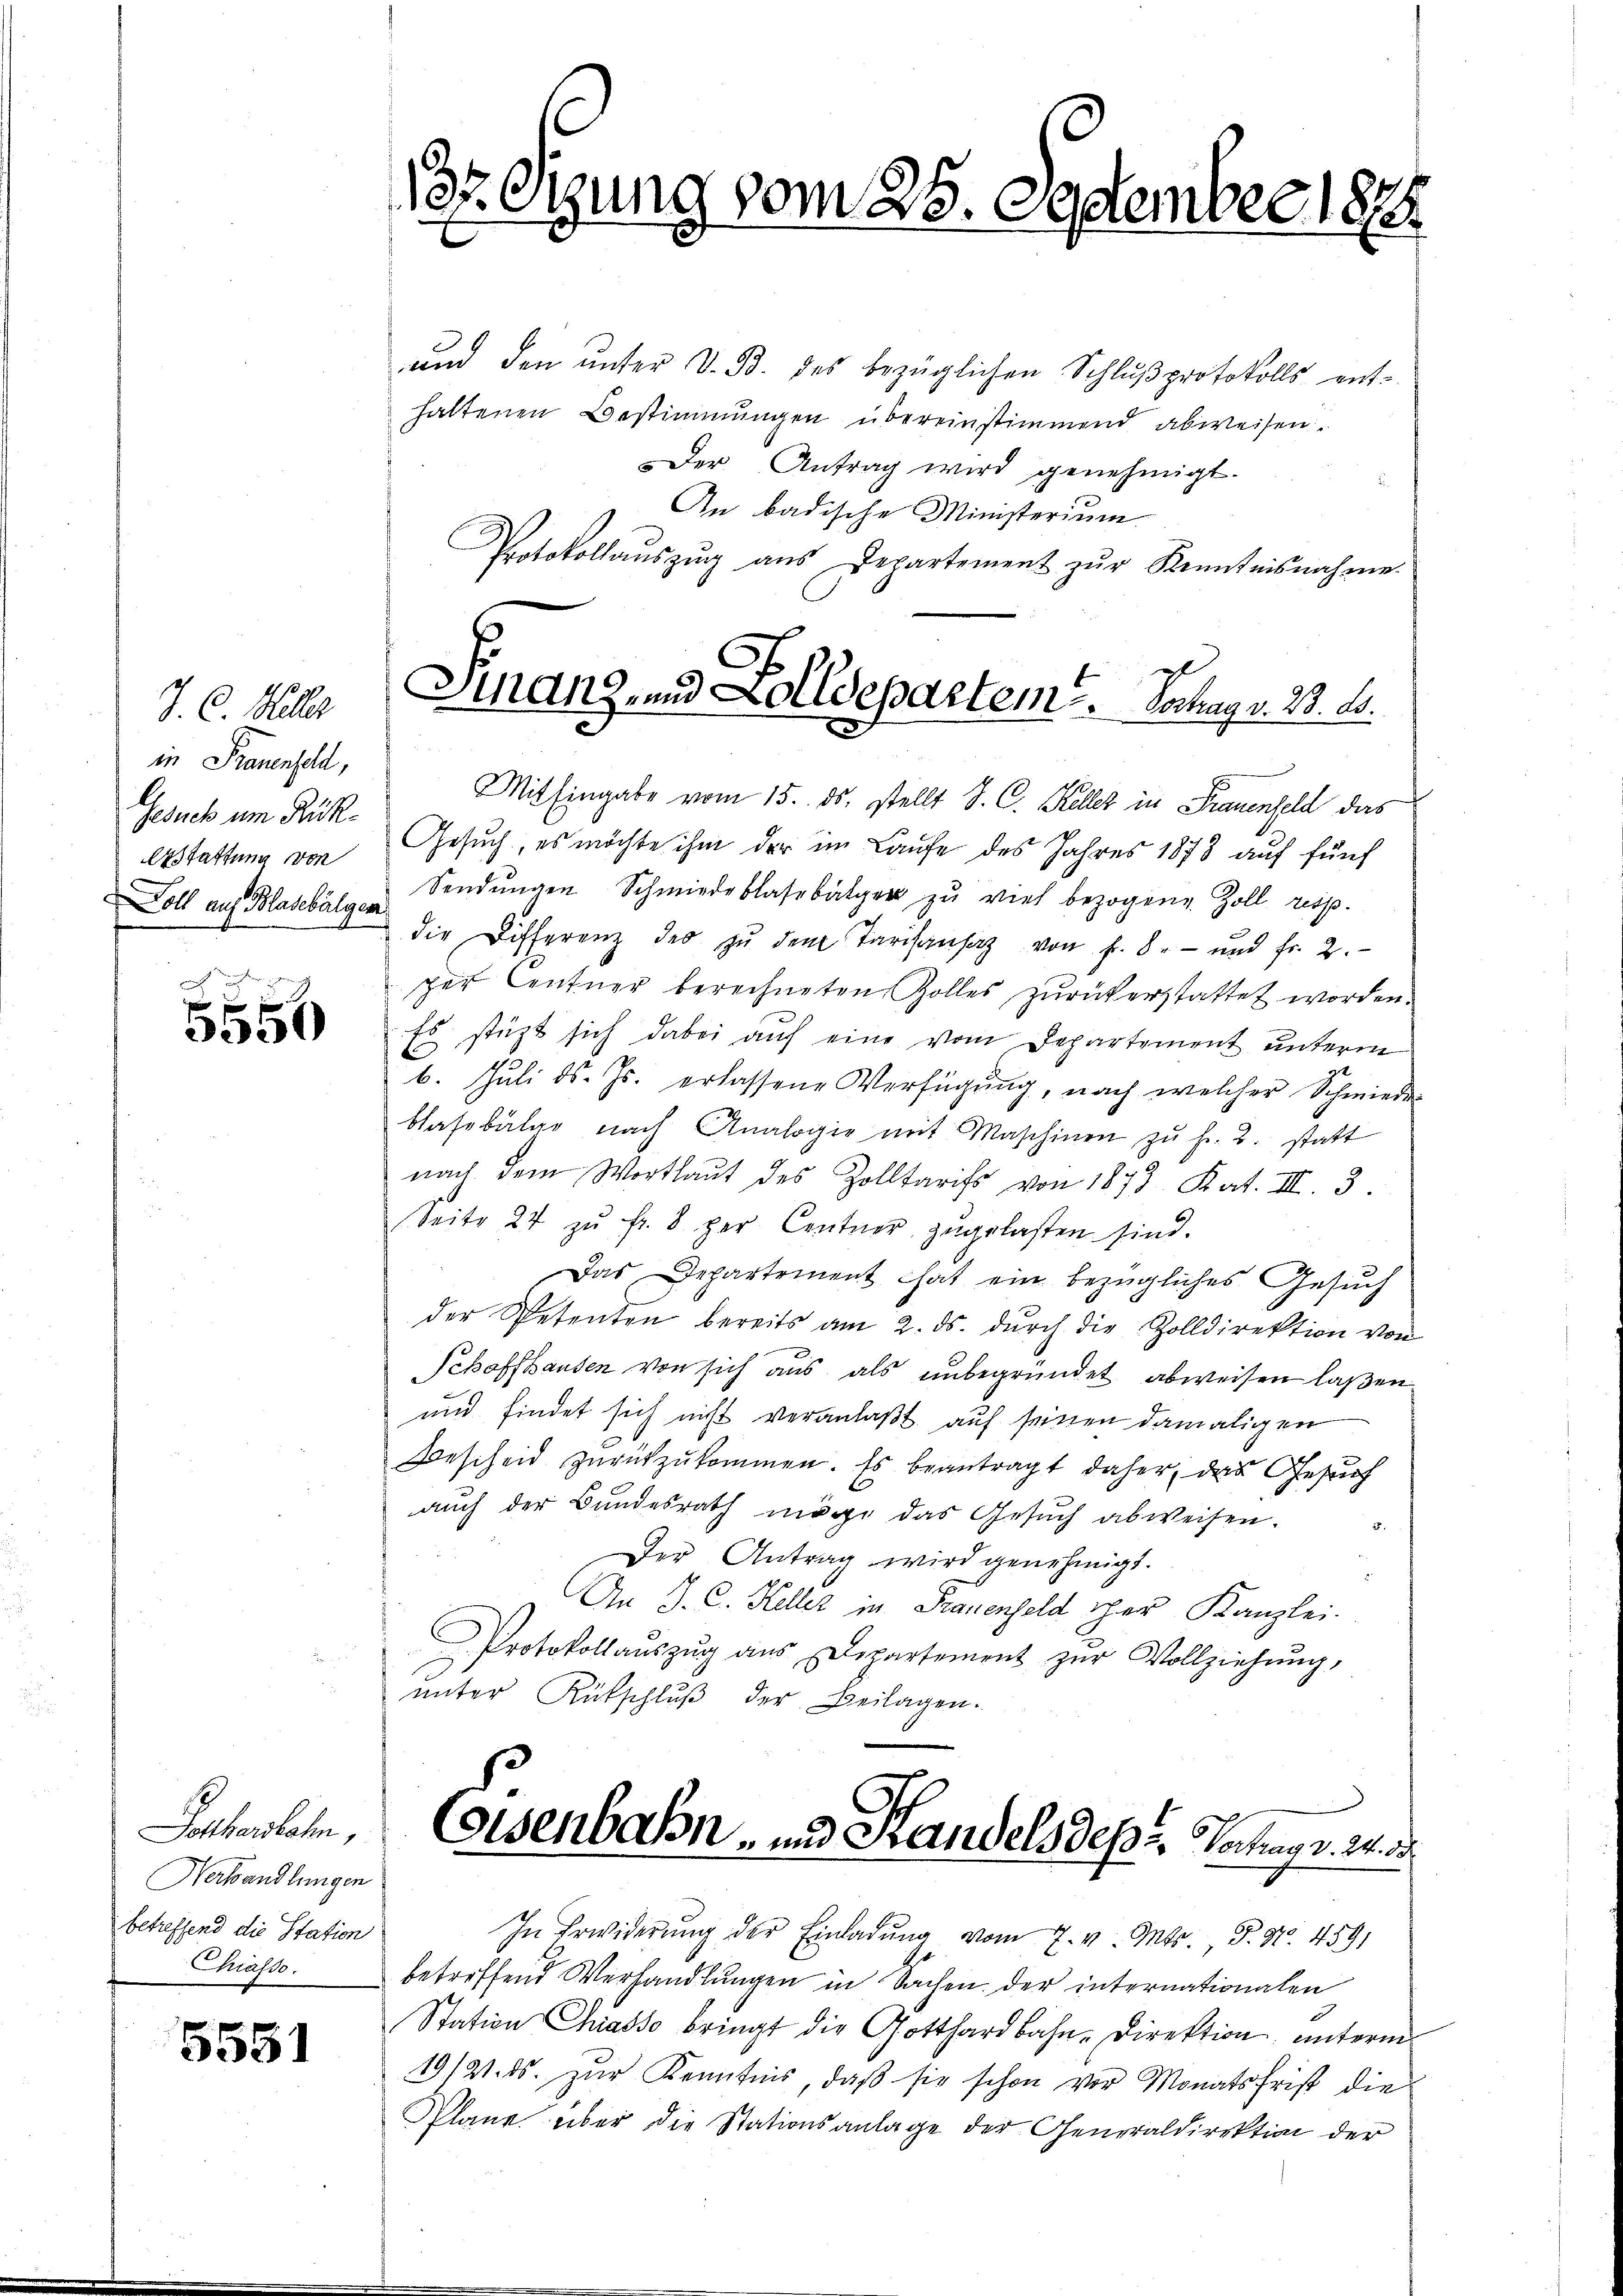
J. C. Heller
in Frauenfeld,
Gesuch um Rück¬
Erstattung von
Doll auf Blasebälgen

5556

Potthardbahn,
Verhandlungen
betreffend die Station
Chiasso.

5551

1820

und den unter V. B. des bezüglichen Schlußprotokolls enthaltenen Bestimmungen übereinstimmend abweisen.
Der Antrag wird genehmigt.
An badische Ministerium
Protokollaŭszŭg aŭs Departement zŭr Kenntnisnahme.
Mit Eingabe vom 15. ds. stellt J. C. Keller in Frauenfeld das
Gesuch, es möchte ihm der im Laufe des Jahres 1878 auf fünf
Sendŭngen Schmiederlassbalger zu viel bezogene Zoll resp.
die Differenz des zŭ dem Tarisansaz von fr. 8. und fr. 2.
zer Centner berechneten Zolles zurückerstattet worden.
Es stützt sich dabei auf eine vom Departement unterm
6. Juli d. Js. erlassene Verfügung, nach welcher Schmieder
blasebalge nach Analogie mit Maschinen zŭ fr. 2. statt
nach dem Wortlaut des Zolltarifs von 1873 Kat. III. 3.
Seite 24 zŭ fr. 8 per Centner, zugelasten sind.
Das Departement hat ein bezügliches Gesuch
der Spetenten bereits am 2. ds. dŭrch die Zolldirektion von
Schaffhausen von sich aus als unbegründet abweisen laßen
und findet sich nicht veranlaßt, auf seinen damaligen
Bescheid zŭrückzŭkommen. Es beantragt daher, das Gesuch
auch der Bundesrath möge das Gesŭch abweisen.
Der Antrag wird genehmigt.
i
An J. C. Keller in Frauenfeld her Kanzlei-
Protokollaŭszŭg aŭs Departement zŭr Vollziehŭng,
ŭnter Rükschlŭβ der Beilagen.
Eisenbahn, und Randelsdept. Wochen d. 24. 13.
In Erwiderŭng der Einladŭng vom 7. v. Mts. S. Nr. 4591
betreffend Verhandlungen in Sachen. Der internationalen
Station Chiasso bringt die Gotthardbahn-Direktion unterm
19/21. ds. zur Kenntnis, daß sie schon vor Monatsfrist die
Plane über die Stationsanlage der Generaldirektion der

ung vom 25. September 1878

C
Sinanz- und Zolldepartem . .   Vochag v. 23. d.